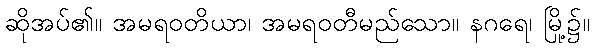
ဆိုအပ်၏။ အမရဝတိယာ၊ အမရဝတီမည်သော။ နဂရေ၊ မြို့၌။